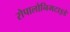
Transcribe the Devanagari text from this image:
रोपालोनिमटाइडे